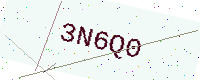
Text: 3N6Q0